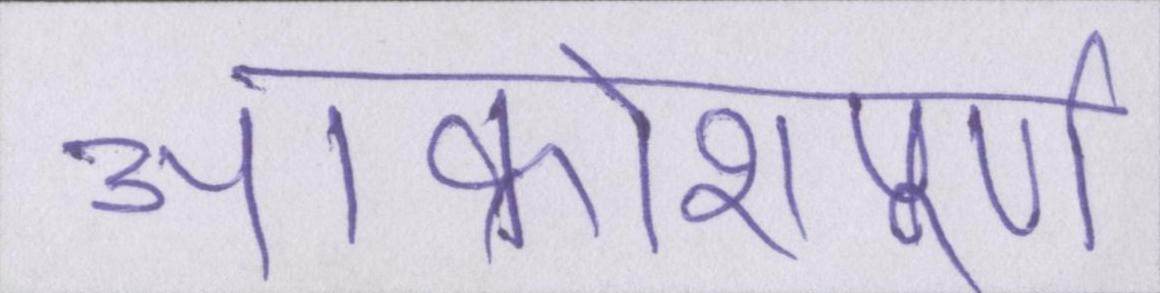
आक्रोशपूर्ण